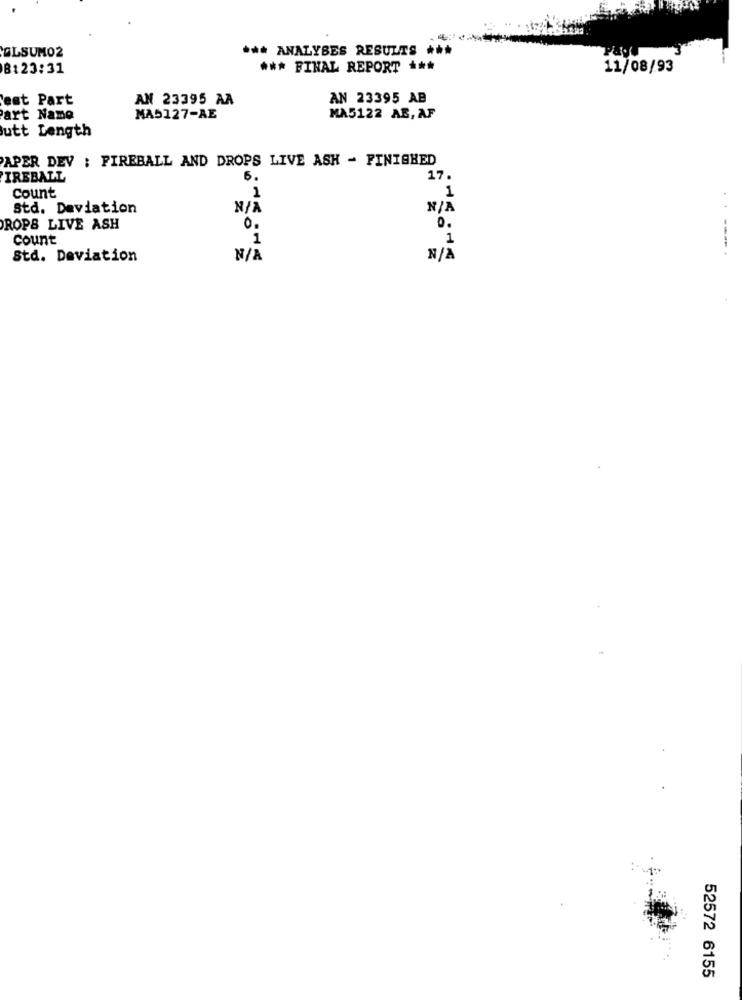
ØLSUMO2
*** ANALYSES RESULTS **
8123:31
*** FINAL REPORT ***
11/08/93
est Part
AN 23395 AA
AN 23395 AB
art Name
MAS127-AE
MA5122 AB, AF
lutt Length
PAPER DEV : FIREBALL AND DROPS LIVE ASH - FINISHED
FIREBALL
6.
17.
1
1
Count
Std. Deviation
DROPS LIVE ASH
0.
0.
count
1
1
Std. Deviation
52572 6155